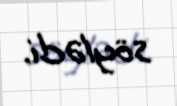
söylədi.